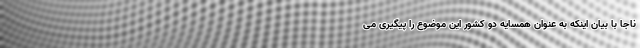
ناجا با بیان اینکه به عنوان همسایه دو کشور این موضوع را پیگیری می